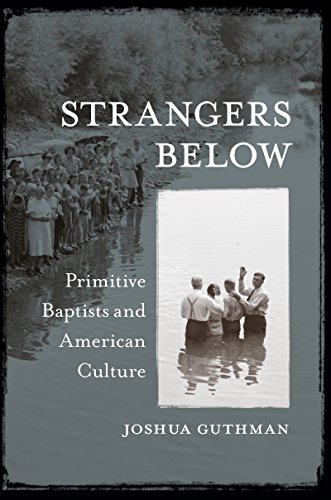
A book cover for Strangers Below: Primitive Baptists and American Culture; Joshua Guthman; Christian Books & Bibles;